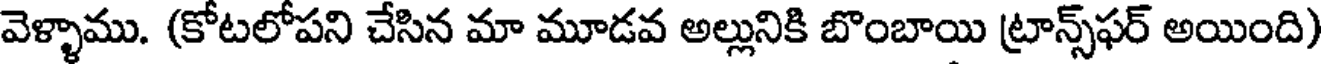
వెళ్ళాము. (కోటలోపని చేసిన మా మూడవ అల్లునికి బొంబాయి ట్రాన్స్ఫర్ అయింది)